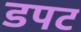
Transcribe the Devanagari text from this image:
डपट